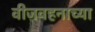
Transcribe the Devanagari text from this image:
वीजवहनाच्या